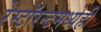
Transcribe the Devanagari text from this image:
रेस्टॉरन्टमध्येही